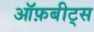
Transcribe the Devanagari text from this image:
ऑफ़बीट्स